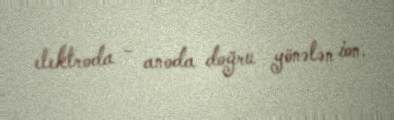
elektroda - anoda doğru yönələn ion.